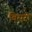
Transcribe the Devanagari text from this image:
बिसरो